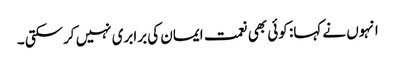
انہوں نے کہا: کوئی بھی نعمت ایمان کی برابری نہیں کرسکتی ۔